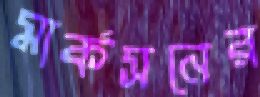
মার্কসনের